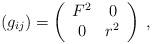
LaTeX: \begin{align*}(g_{ij})=\left( \begin{array}{cc} F^2&0\\ 0&r^2 \end{array}\right)\;, \end{align*}